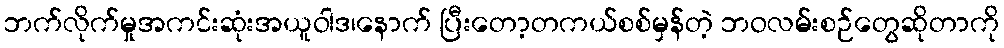
ဘက်လိုက်မှုအကင်းဆုံးအယူဝါဒ၊နောက် ပြီးတော့တကယ်စစ်မှန်တဲ့ ဘဝလမ်းစဉ်တွေဆိုတာကို